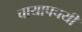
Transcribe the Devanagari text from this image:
चायापचयी